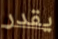
يقدر